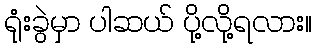
ရုံးခွဲမှာ ပါဆယ် ပို့လို့ရလား။